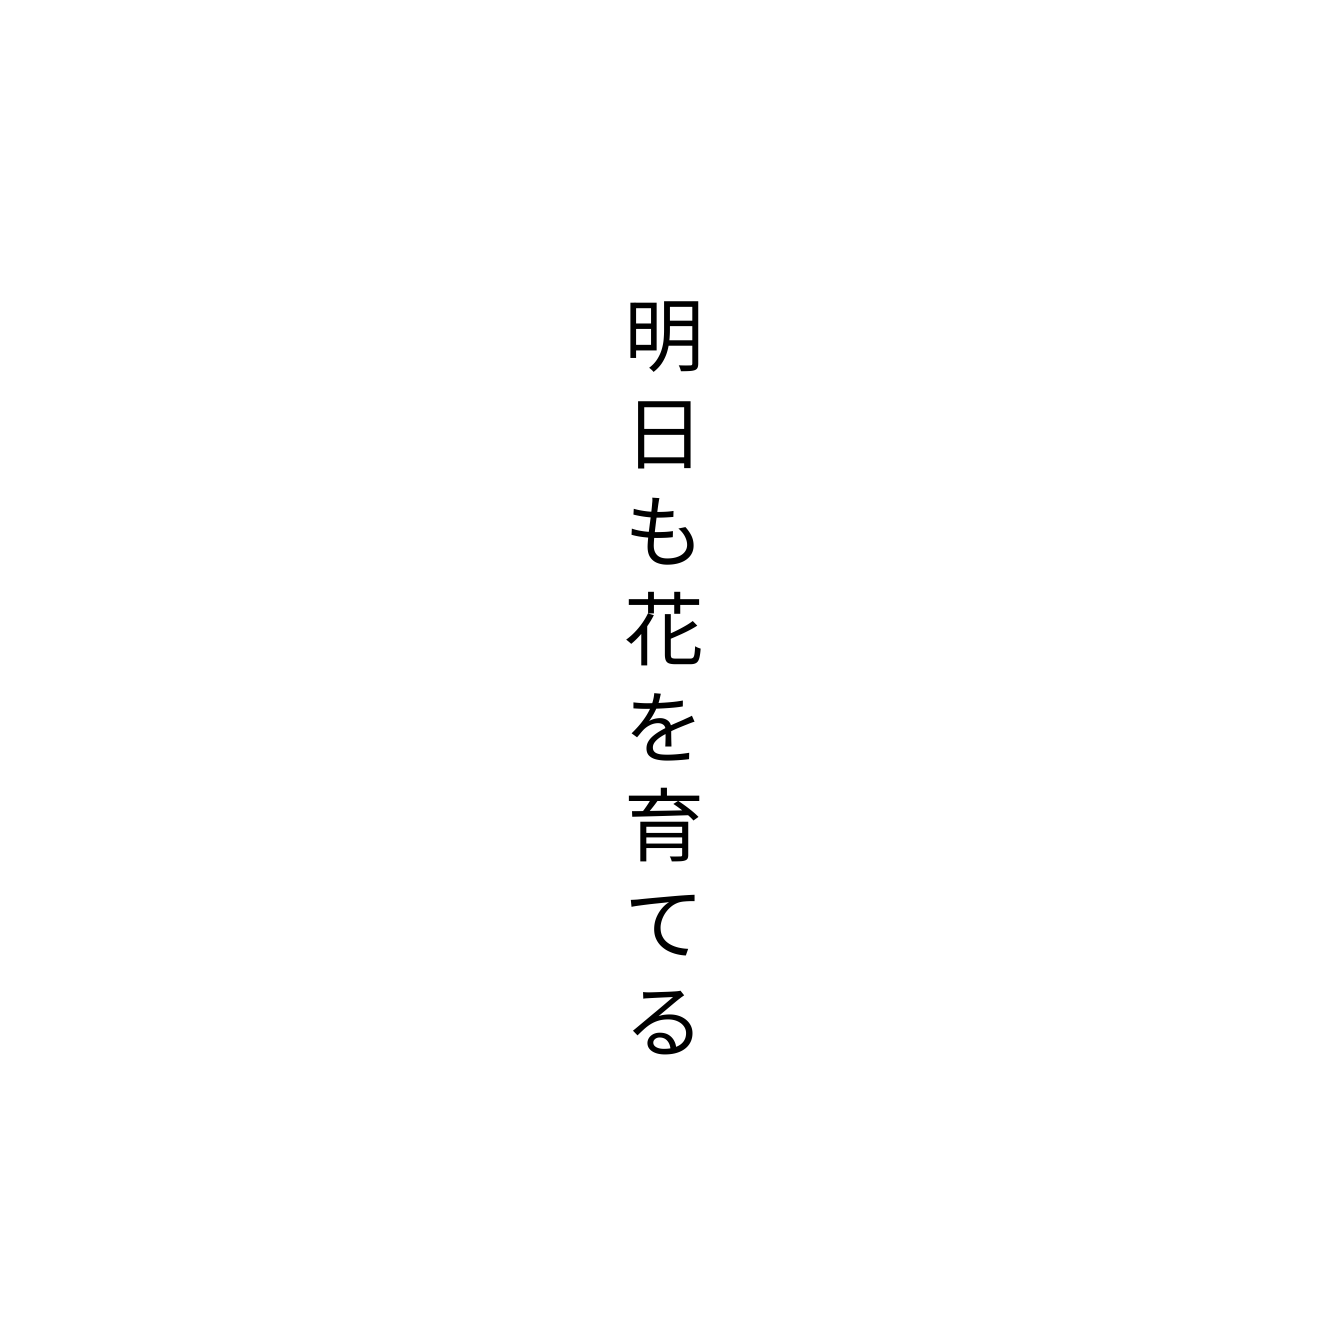
明日も花を育てる